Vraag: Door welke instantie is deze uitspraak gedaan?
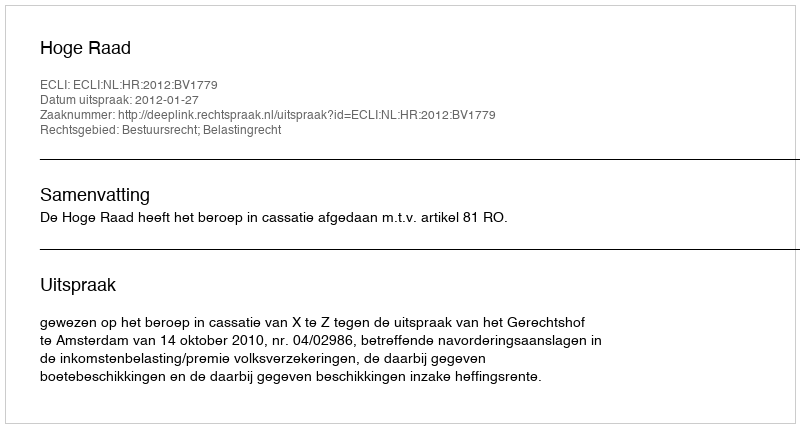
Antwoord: Hoge Raad